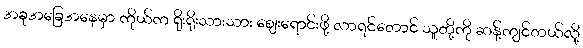
အခုအခြေအနေမှာ ကိုယ်က ရိုးရိုးသားသား ဈေးရောင်းဖို့ လာရင်တောင် သူတို့ကို ဆန့်ကျင်တယ်လို့